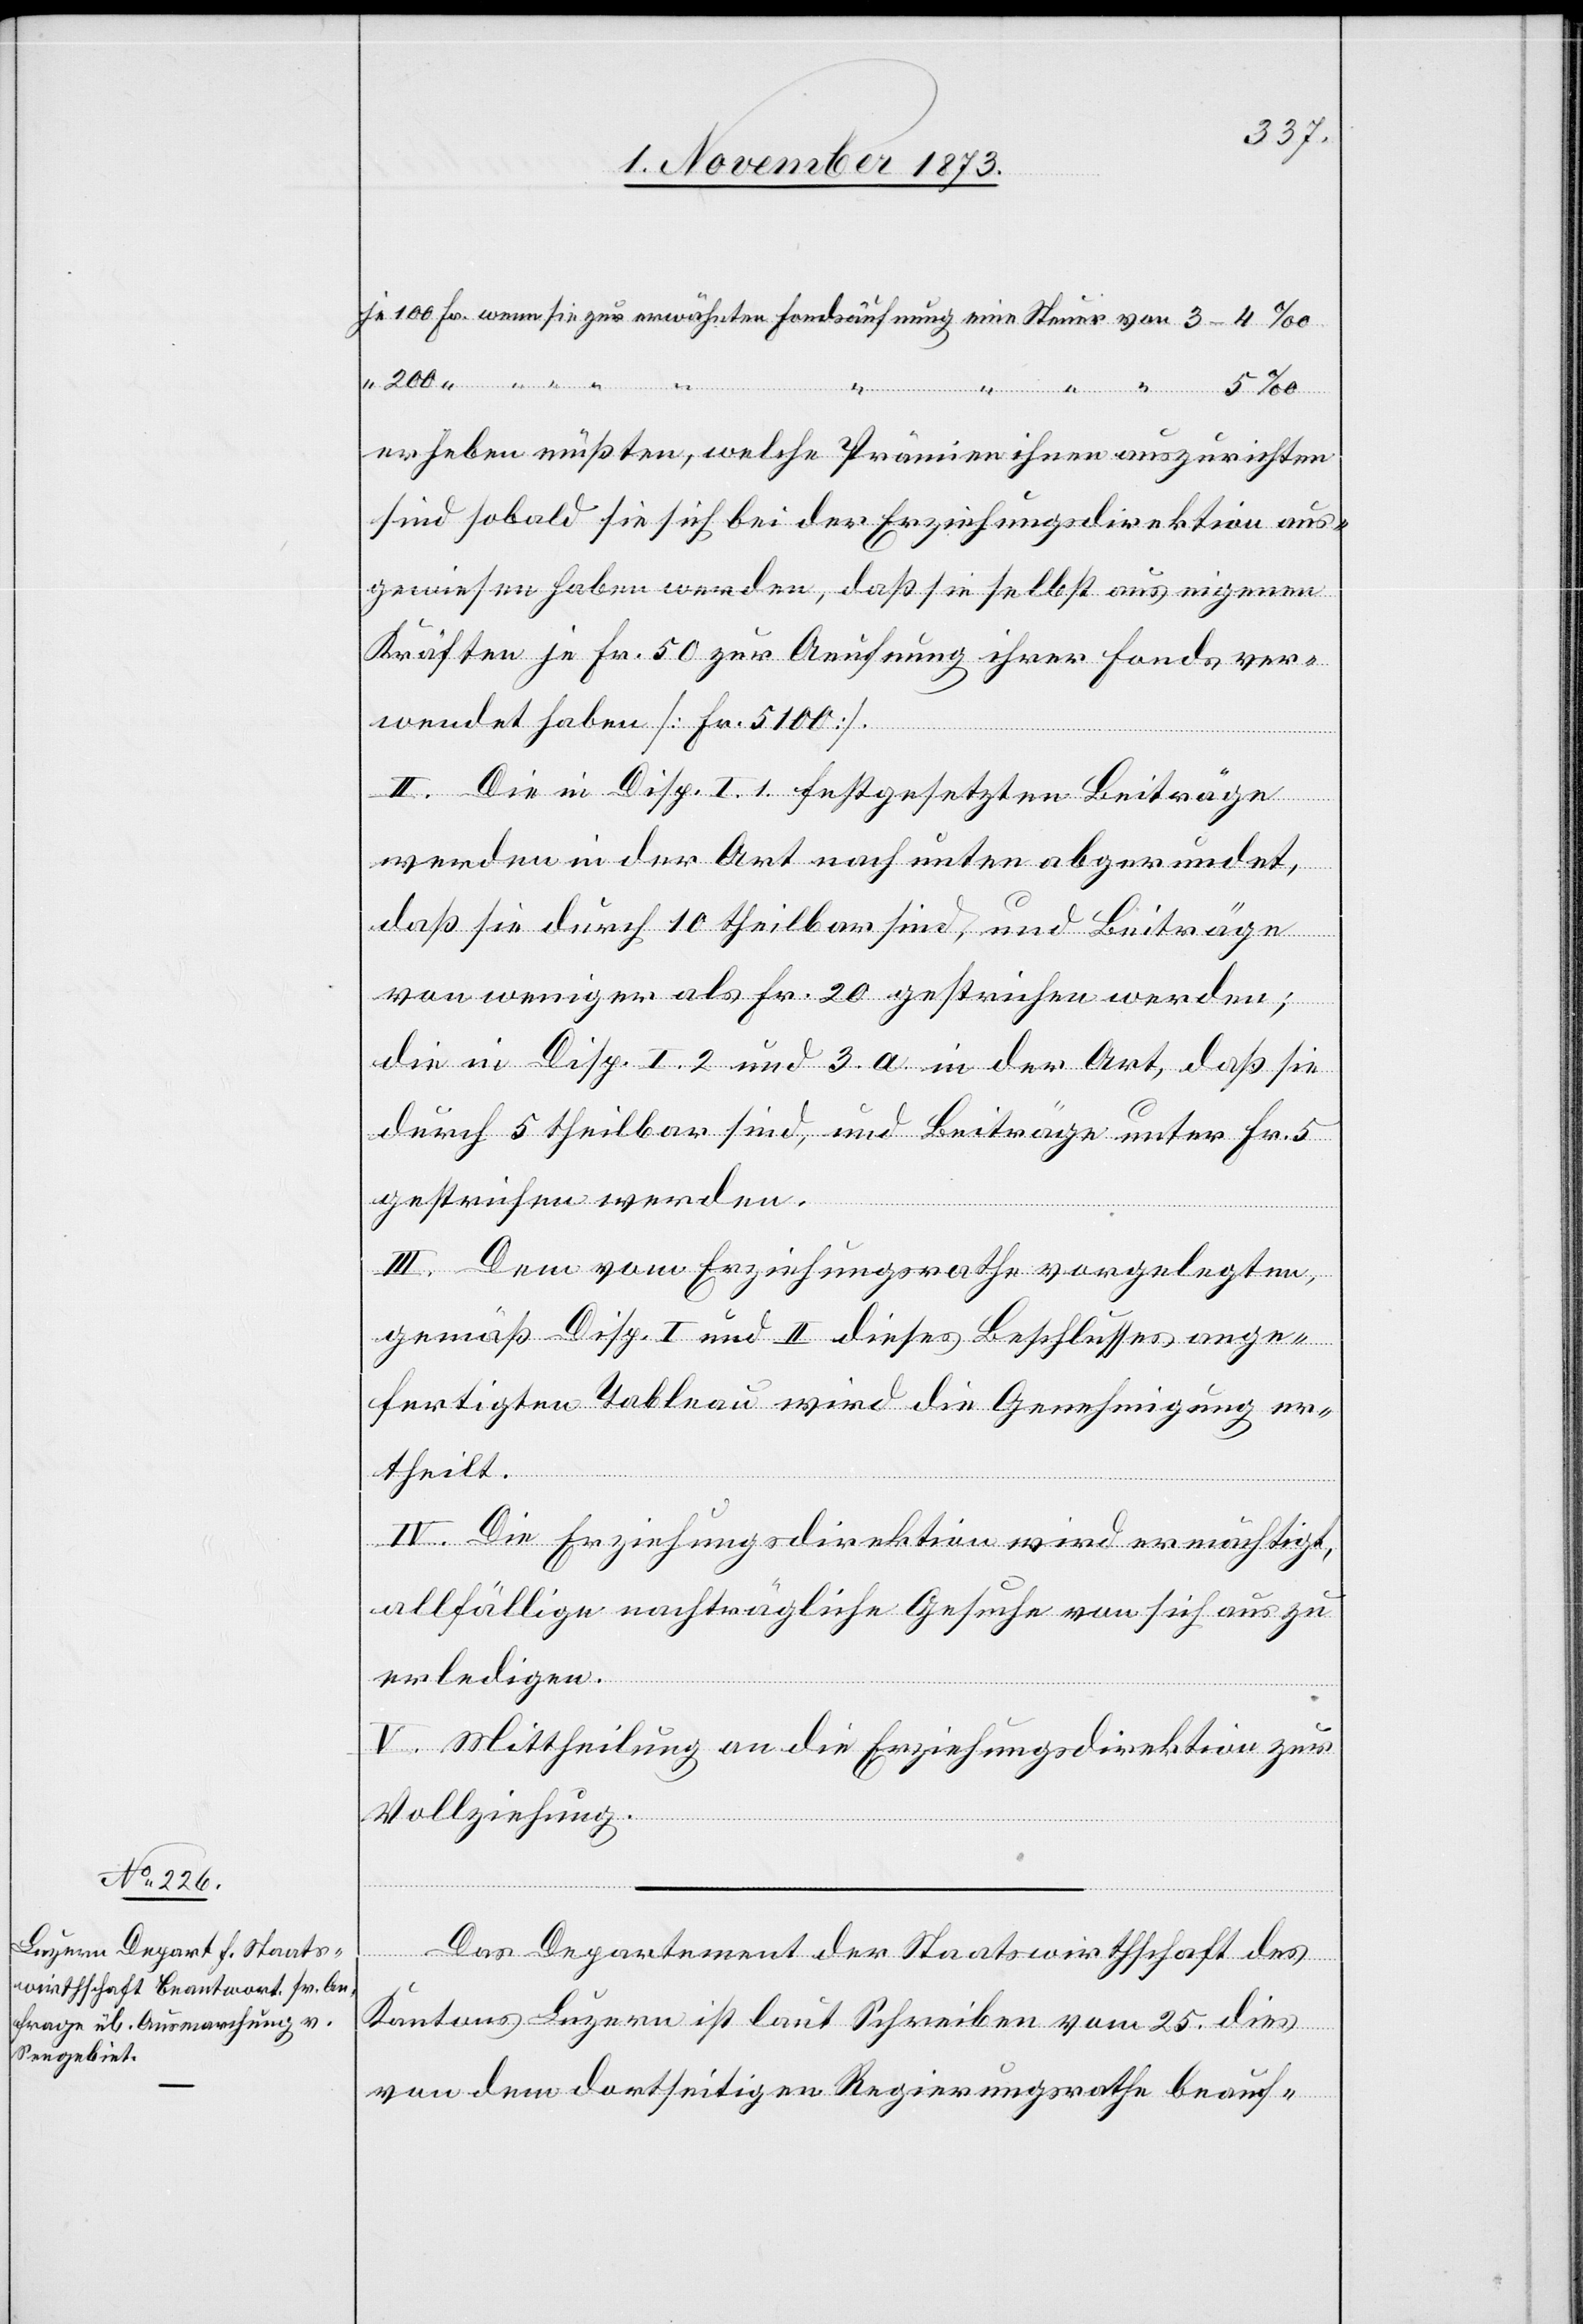
erheben müßten, welche Prämien ihnen auszurichten
sind sobald sie sich bei der Erziehungsdirektion aus¬
gewiesen haben werden, daß sie selbst aus eigenen
Kräften je Fr. 50 zur Aeufnung ihrer Fonds ver¬
wendet haben [Fr. 5 100].
von
II. Die in Disp. I. 1. festgesetzten Beiträge
5‰
werden in der Art nach unten abgerundet,
daß sie durch 10 theilbar sind, und Beiträge
von weniger als Fr. 20 gestrichen werden;
die in Disp. I. 2 und 3. a in der Art, daß sie
durch 5 theilbar sind, und Beiträge unter Fr. 5
eine
gestrichen werden.
III. Dem vom Erziehungsrathe vorgelegten,
gemäß Disp. I und II dieses Beschlusses ange¬
fertigten Tableau wird die Genehmigung er¬
Steuer
theilt.
IV. Die Erziehungsdirektion wird ermächtigt,
allfällige nachträgliche Gesuche von sich aus zu
erledigen.
V. Mittheilung an die Erziehungsdirektion zur
Vollziehung.
Das Departement der Staatswirthschaft des
Kantons Luzern ist laut Schreiben vom 25. dies
von dem dortseitigen Regierungsrathe beauf-